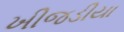
ખીજડીયા